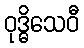
ဝုဒ္ဓိသေဝီ